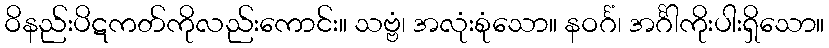
ဝိနည်းပိဋကတ်ကိုလည်းကောင်း။ သဗ္ဗံ၊ အလုံးစုံသော။ နဝင်္ဂံ၊ အင်္ဂါကိုးပါးရှိသော။